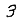
Digit: 3